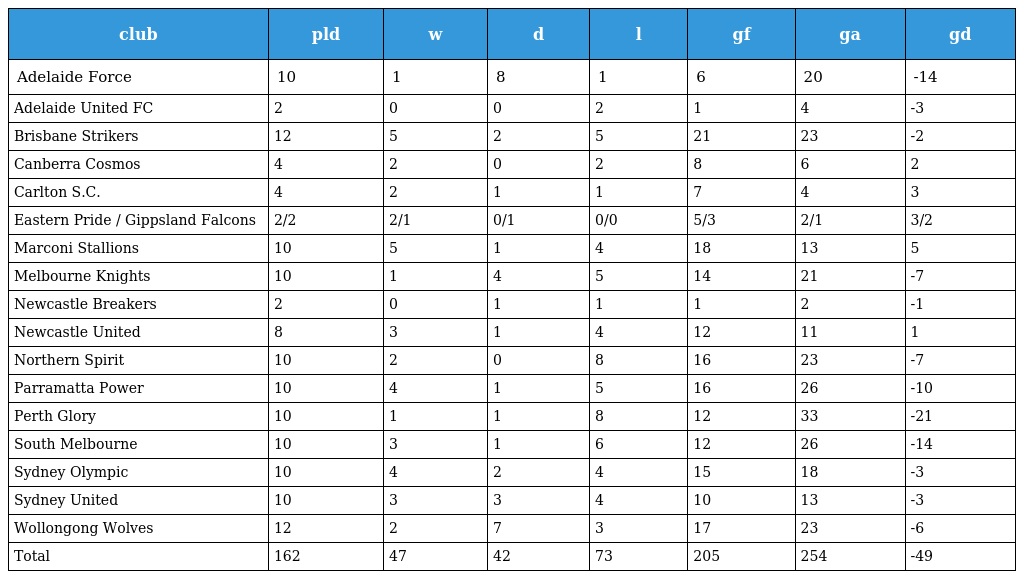
| club | pld | w | d | l | gf | ga | gd |
 | --- | --- | --- | --- | --- | --- | --- | --- |
 | Adelaide Force | 10 | 1 | 8 | 1 | 6 | 20 | -14 |
 | Adelaide United FC | 2 | 0 | 0 | 2 | 1 | 4 | -3 |
 | Brisbane Strikers | 12 | 5 | 2 | 5 | 21 | 23 | -2 |
 | Canberra Cosmos | 4 | 2 | 0 | 2 | 8 | 6 | 2 |
 | Carlton S.C. | 4 | 2 | 1 | 1 | 7 | 4 | 3 |
 | Eastern Pride / Gippsland Falcons | 2/2 | 2/1 | 0/1 | 0/0 | 5/3 | 2/1 | 3/2 |
 | Marconi Stallions | 10 | 5 | 1 | 4 | 18 | 13 | 5 |
 | Melbourne Knights | 10 | 1 | 4 | 5 | 14 | 21 | -7 |
 | Newcastle Breakers | 2 | 0 | 1 | 1 | 1 | 2 | -1 |
 | Newcastle United | 8 | 3 | 1 | 4 | 12 | 11 | 1 |
 | Northern Spirit | 10 | 2 | 0 | 8 | 16 | 23 | -7 |
 | Parramatta Power | 10 | 4 | 1 | 5 | 16 | 26 | -10 |
 | Perth Glory | 10 | 1 | 1 | 8 | 12 | 33 | -21 |
 | South Melbourne | 10 | 3 | 1 | 6 | 12 | 26 | -14 |
 | Sydney Olympic | 10 | 4 | 2 | 4 | 15 | 18 | -3 |
 | Sydney United | 10 | 3 | 3 | 4 | 10 | 13 | -3 |
 | Wollongong Wolves | 12 | 2 | 7 | 3 | 17 | 23 | -6 |
 | Total | 162 | 47 | 42 | 73 | 205 | 254 | -49 |